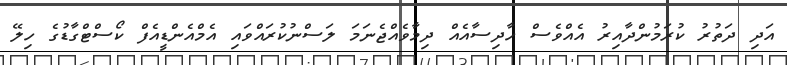
އަދި ދަތުރު ކުރަމުންދާއިރު އެއްވެސް ހާދިސާއެއް ދިމާވެއްޖެނަމަ ލަސްނުކުރައްވައި އެމްއެންޑީއެފް ކޯސްޓްގާޑުގެ ހިލޭ